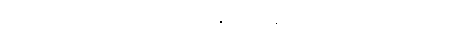
အမေရိကန်အစိုးရက ၄၀ ရာခိုင်နှုန်း အခွန် ကောက်ခံမှာဖြစ်ပါတယ်။